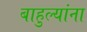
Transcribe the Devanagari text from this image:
बाहुल्यांना